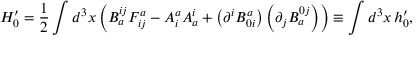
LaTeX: H _ { 0 } ^ { \prime } = \frac { 1 } { 2 } \int d ^ { 3 } x \left( B _ { a } ^ { i j } F _ { i j } ^ { a } - A _ { i } ^ { a } A _ { a } ^ { i } + \left( \partial ^ { i } B _ { 0 i } ^ { a } \right) \left( \partial _ { j } B _ { a } ^ { 0 j } \right) \right) \equiv \int d ^ { 3 } x \, h _ { 0 } ^ { \prime } ,